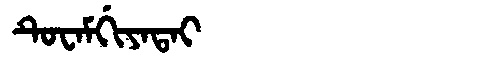
Manchu: ᡨᡠᠸᠠᠮᡤᡳᠶᠠᡨᠠᡳ
Romanization: TUWAMGIYATAI